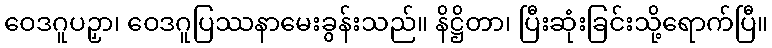
ဝေဒဂူပဉှာ၊ ဝေဒဂူပြဿနာမေးခွန်းသည်။ နိဋ္ဌိတာ၊ ပြီးဆုံးခြင်းသို့ရောက်ပြီ။